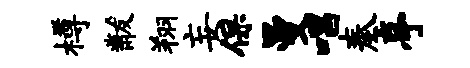
樽黻翔妄保曼唱奏亭